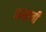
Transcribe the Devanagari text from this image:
घासावी